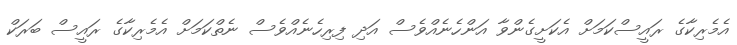
އެމެރިކާގެ ރައީސްކަމަށް އެކަށީގެންވާ އަންހެނެއްވެސް އަދި ފިރިހެނެއްވެސް ނެތްކަމަށް އެމެރިކާގެ ރައީސް ބަރަކް